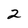
Character: 2